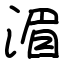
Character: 湄